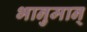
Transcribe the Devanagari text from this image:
भानुमान्